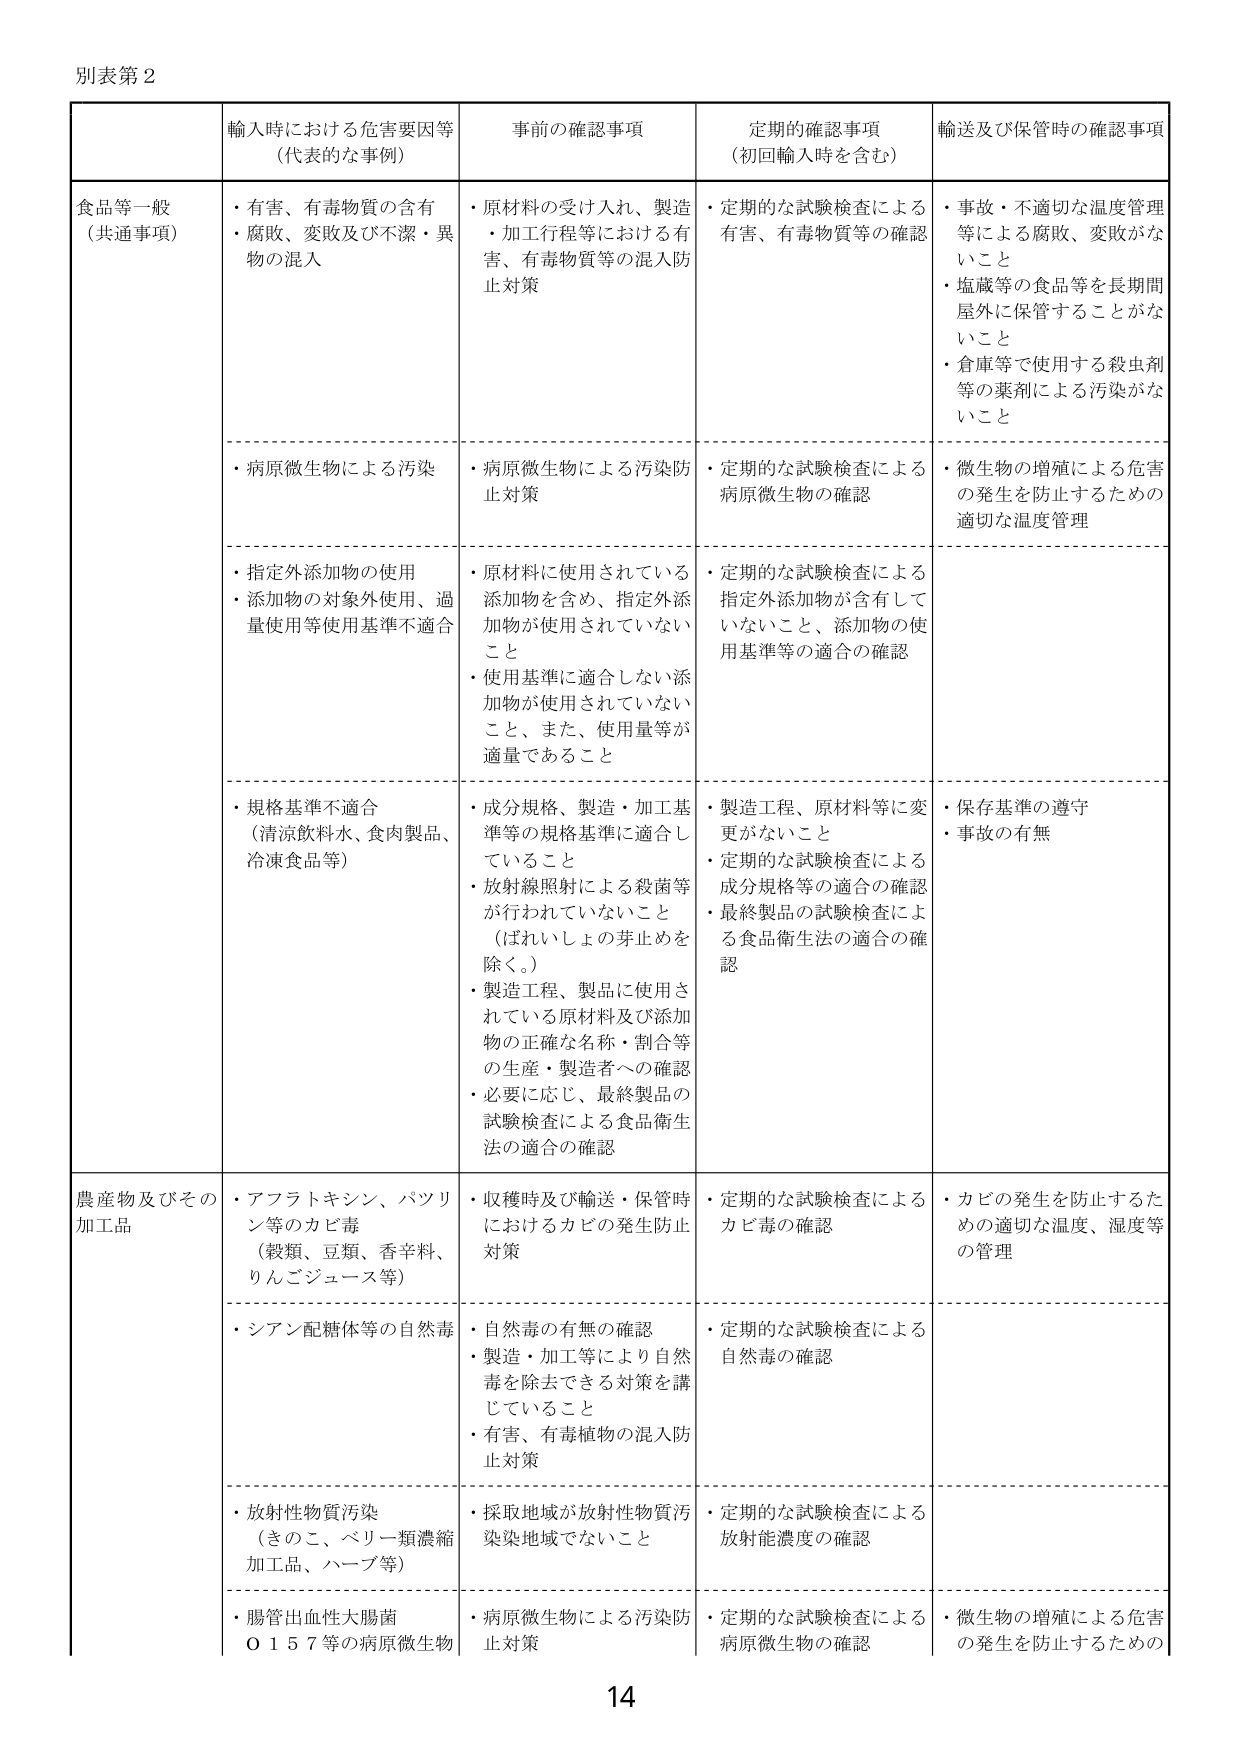
別表第２

食品等一般
（共通事項）

輸入時における危害要因等
（代表的な事例）
・有害、有毒物質の含有
・腐敗、変敗及び不潔・異物の混入
・病原微生物による汚染
・指定外添加物の使用
・添加物の対象外使用、過量使用等使用基準不適合
・規格基準不適合
（清涼飲料水、食肉製品、冷凍食品等）

事前の確認事項
・原材料の受け入れ、製造・加工行程等における有害、有毒物質等の混入防止対策
・病原微生物による汚染防止対策
・原材料に使用されている添加物を含め、指定外添加物が使用されていないこと
・使用基準に適合しない添加物が使用されていないこと、また、使用量等が適量であること
・成分規格、製造・加工基準等の規格基準に適合していること
・放射線照射による殺菌等が行われていないこと
（ばれいしょの芽止めを除く。）
・製造工程、製品に使用されている原材料及び添加物の正確な名称・割合等の生産・製造者への確認
・必要に応じ、最終製品の試験検査による食品衛生法の適合の確認

定期の確認事項
（初回輸入時を含む）
・定期的な試験検査による有害、有毒物質等の確認
・定期的な試験検査による病原微生物の確認
・定期的な試験検査による指定外添加物が含有していないこと、添加物の使用基準等の適合の確認
・製造工程、原材料等に変更がないこと
・定期的な試験検査による成分規格等の適合の確認
・最終製品の試験検査による食品衛生法の適合の確認

輸送及び保管時の確認事項
・事故・不適切な温度管理等による腐敗、変敗がないこと
・塩蔵等の食品等を長期間屋外に保管することがないこと
・倉庫等で使用する殺虫剤等の薬剤による汚染がないこと
・微生物の増殖による危害の発生を防止するための適切な温度管理
・保存基準の遵守
・事故の有無

農産物及びその加工品

・アフラトキシン、パツリ
ン等のカビ毒
（穀類、豆類、香辛料、
りんごジュース等）
・シアン配糖体等の自然毒
・放射性物質汚染
（きのこ、ベリー類濃縮
加工品、ハーブ等）
・腸管出血性大腸菌
Ｏ１５７等の病原微生物

・収穫時及び輸送・保管時におけるカビの発生防止対策
・自然毒の有無の確認
・製造・加工等により自然毒を除去できる対策を講じていること
・有害、有毒植物の混入防止対策
・採取地域が放射性物質汚染地域でないこと
・病原微生物による汚染防止対策

・定期的な試験検査によるカビ毒の確認
・定期的な試験検査による自然毒の確認
・定期的な試験検査による放射能濃度の確認
・定期的な試験検査による病原微生物の確認

・カビの発生を防止するための適切な温度、湿度等の管理
・微生物の増殖による危害の発生を防止するための

14